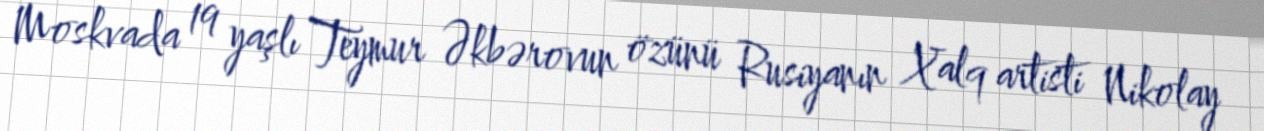
Moskvada 19 yaşlı Teymur Əkbərovun özünü Rusiyanın Xalq artisti Nikolay